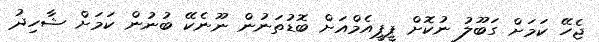
ޖެހޭ ކަމަށް ގަބޫލު ނުކޮށް ޕީޕީއެމްއަށް ބޮޑުތަނުން ނޫނެކޭ ބުނުން ކަމަށް ޝާހިދު